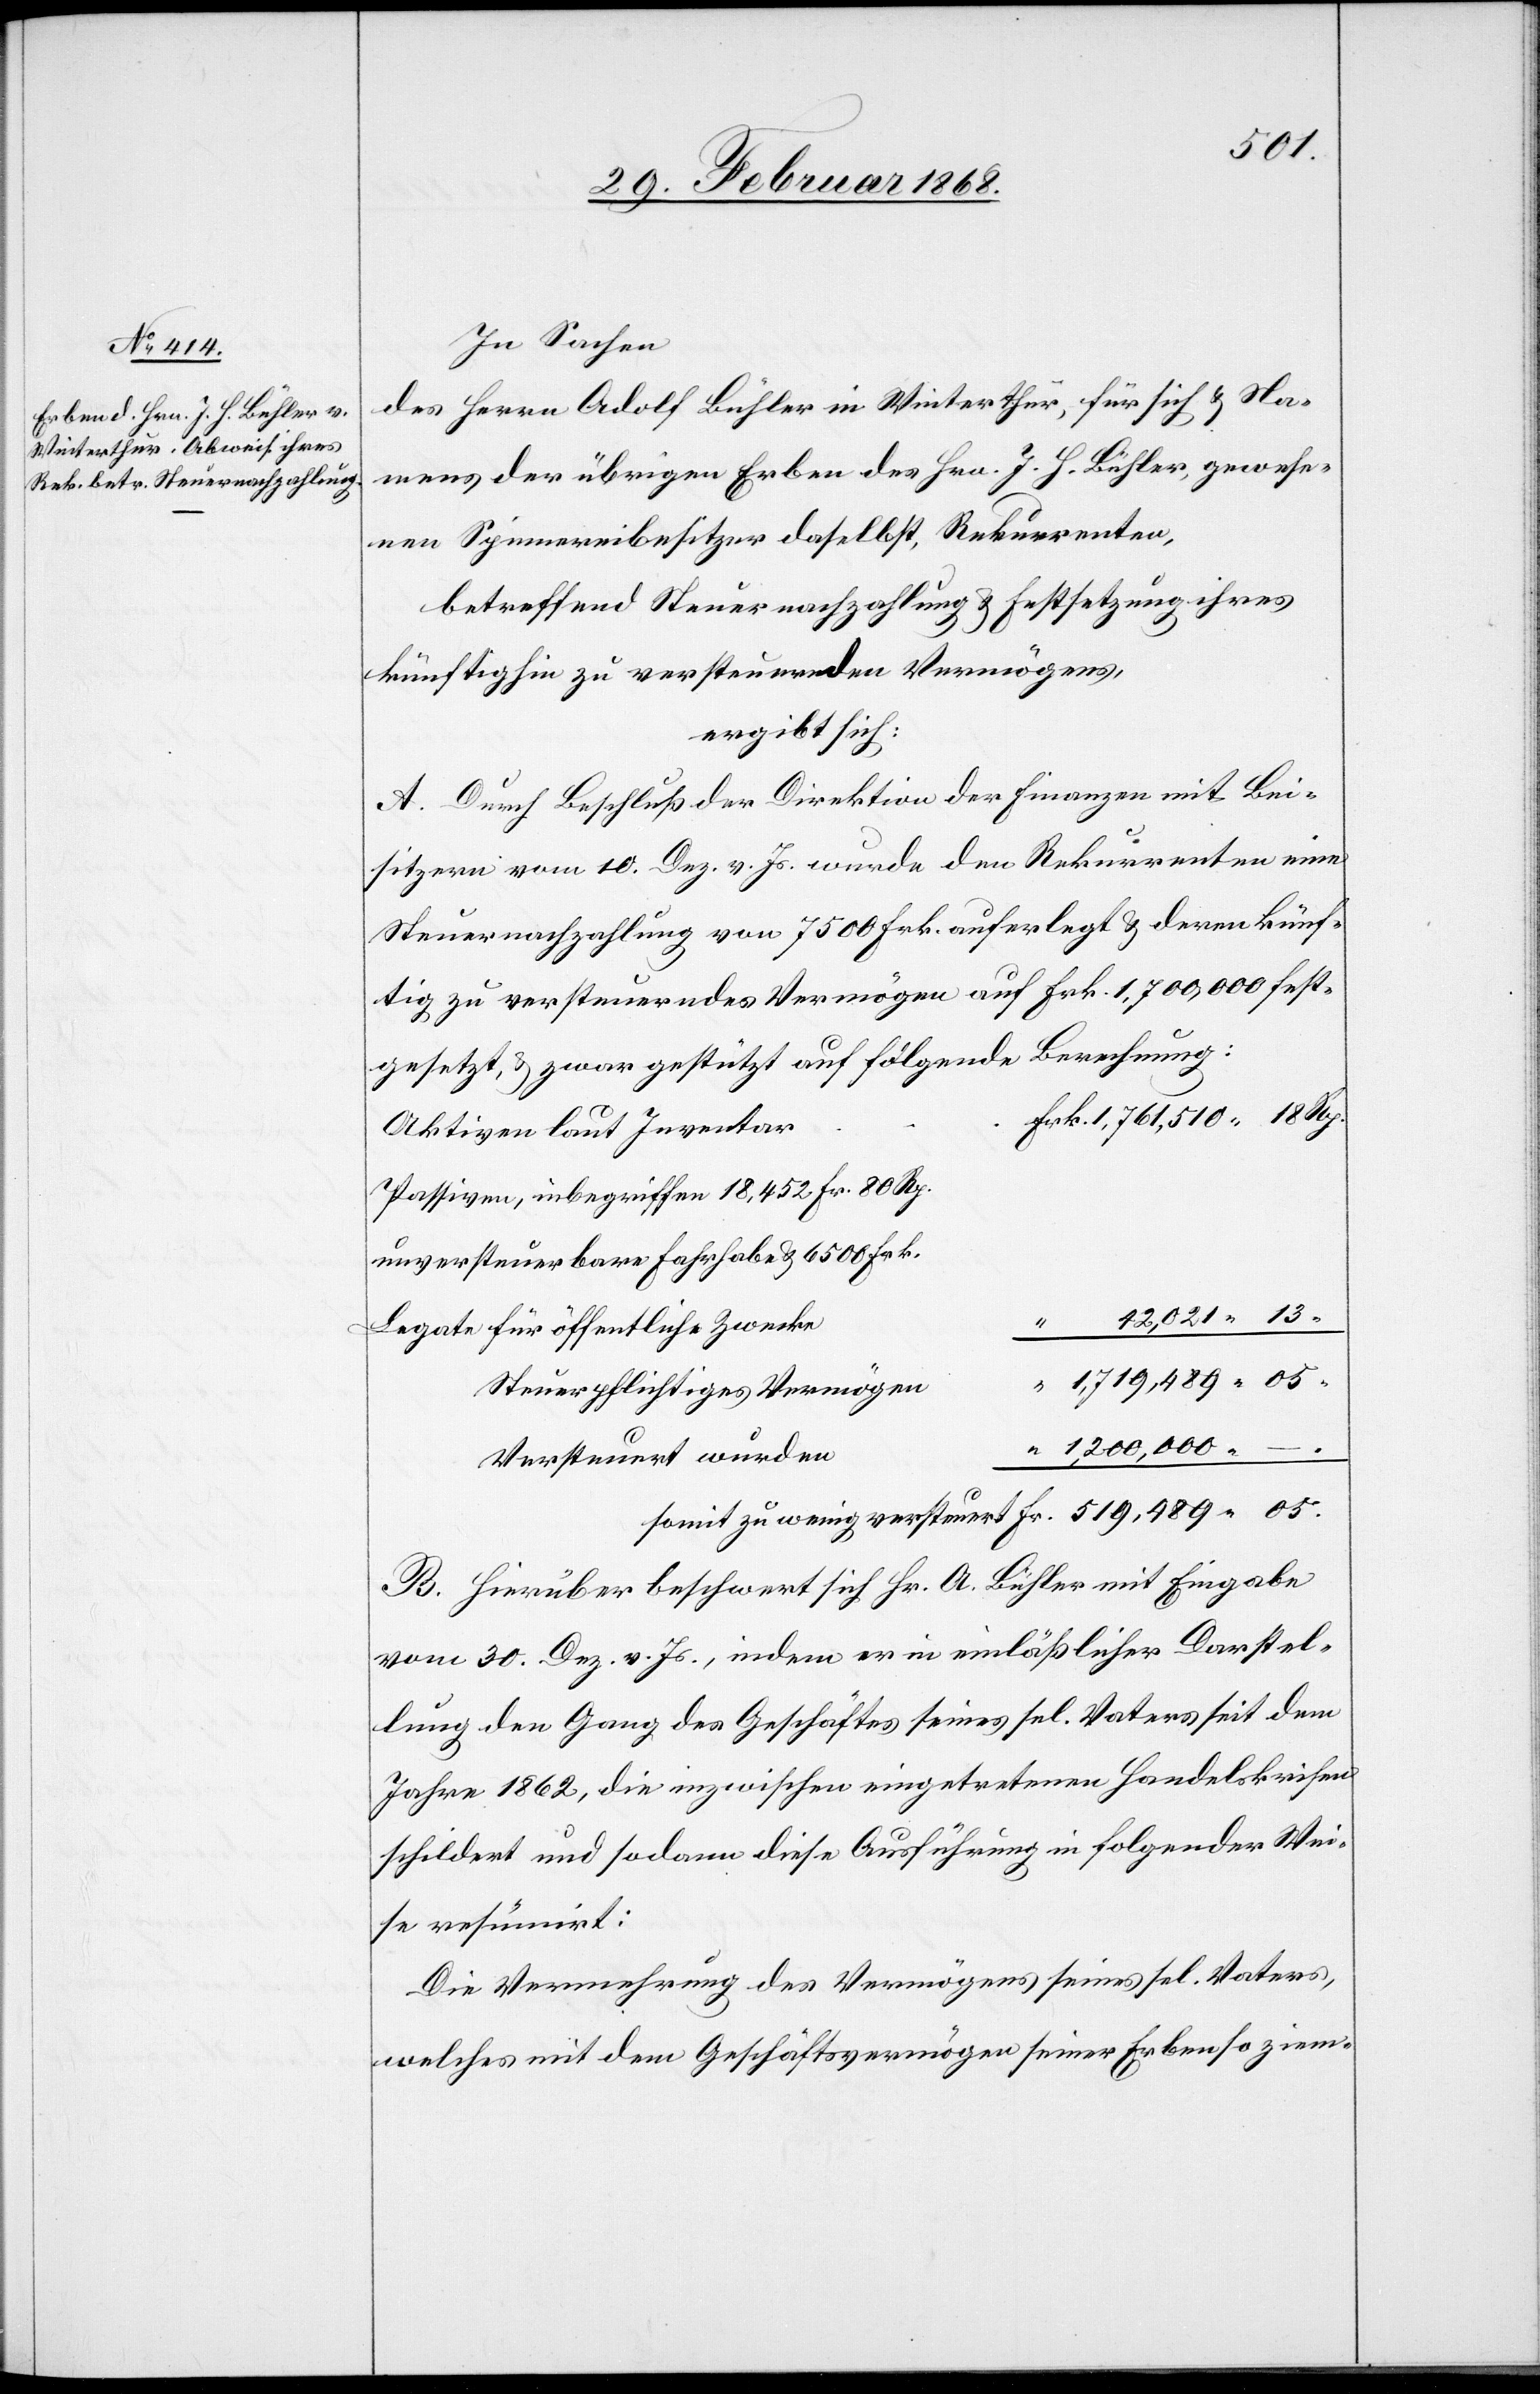
In Sachen
des Herrn Adolf Bühler in Winterthur, für sich & Na¬
mens der übrigen Erben des Hrn. J. H. Bühler, gewese¬
nen Spinnereibesitzer daselbst, Rekurrenten,
betreffend Steuernachzahlung & Festsetzung ihres
künftighin zu versteuernden Vermögens,
ergibt sich:
A. Durch Beschluß der Direktion der Finanzen mit Bei¬
sitzern vom 10. Dez. v. Js. wurde den Rekurrenten eine
Steuernachzahlung von 7500 Frk. auferlegt & deren künf¬
tig zu versteuerndes Vermögen auf Frk. 1,700,000 fest¬
gesetzt, & zwar gestützt auf folgende Berechnung:
Frk. 1,761,510. 18 Rp.
Aktiven laut Inventar
Passiven, inbegriffen 18,452 Fr. 80 Rp.
unversteuerbare Fahrhabe & 6500 Frk.
42,021. 13.
Legate für öffentliche Zwecke
Fr. 519,489. 05.
Steuerpflichtiges Vermögen
“ 1,200,000. –
Versteuert wurden
B. Hierüber beschwert sich Hr. A. Bühler mit Eingabe
vom 30. Dez. v. Js., indem er in einläßlicher Darstel¬
lung den Gang des Geschäftes seines sel. Vaters seit dem
Jahre 1862, die inzwischen eingetretenen Handelskrisen
schildert und sodann diese Ausführung in folgender Wei¬
se resümirt:
Die Vermehrung des Vermögens seines sel. Vaters,
welches mit dem Geschäftsvermögen seiner Erben so ziem-